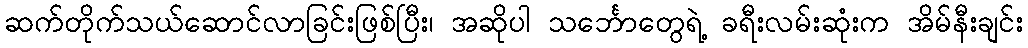
ဆက်တိုက်သယ်ဆောင်လာခြင်းဖြစ်ပြီး၊ အဆိုပါ သင်္ဘောတွေရဲ့ ခရီးလမ်းဆုံးက အိမ်နီးချင်း